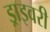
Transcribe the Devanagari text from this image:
ड्राइवरी